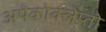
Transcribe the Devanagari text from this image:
अपेकोक्लेप्तो